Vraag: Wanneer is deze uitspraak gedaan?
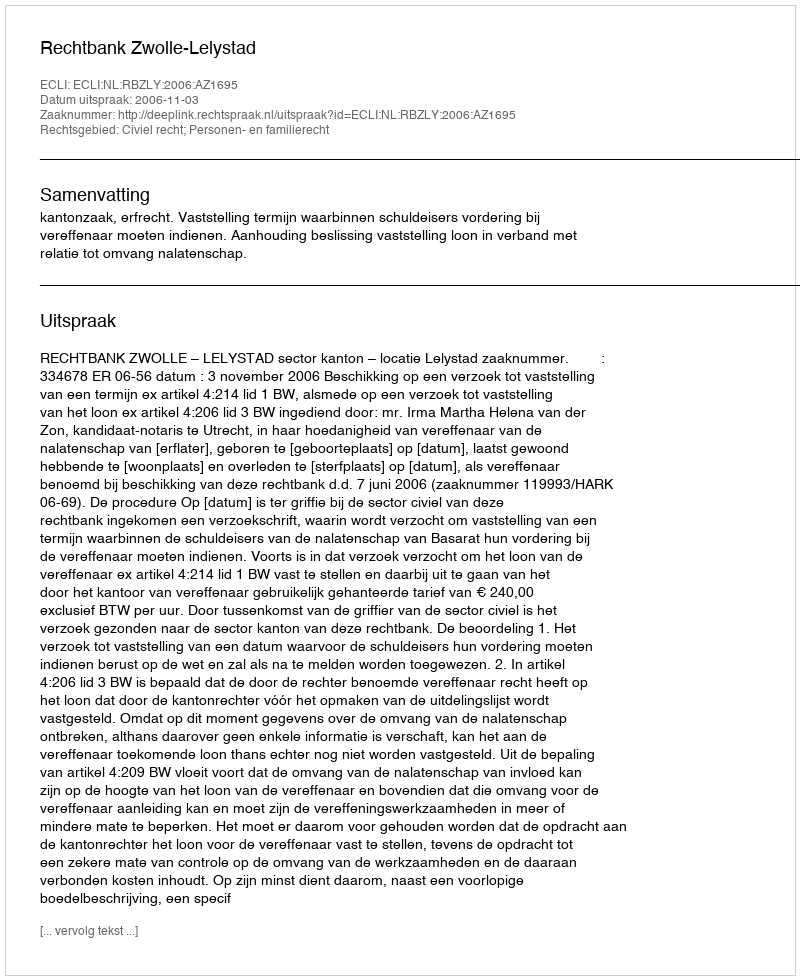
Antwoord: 2006-11-03